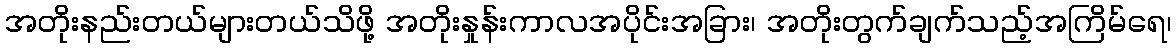
အတိုးနည်းတယ်များတယ်သိဖို့ အတိုးနှုန်းကာလအပိုင်းအခြား၊ အတိုးတွက်ချက်သည့်အကြိမ်ရေ၊